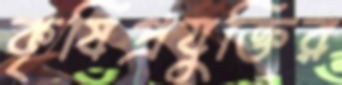
কৃষিপ্রযুক্তির